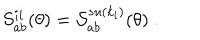
S _ { a b } ^ { i i } ( \theta ) = \mathcal { S } _ { a b } ^ { s u ( k _ { i } ) } ( \theta ) \; .